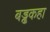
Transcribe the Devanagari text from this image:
बड्ढकहा